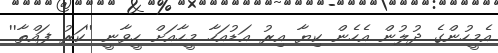
އެމީހުންގެ ދުލުން އެހެން ކިޔާ އިރު އަޑުއަހާ މީހާއަށް ހީވާނީ ''ކަރު ފައްތާ''